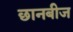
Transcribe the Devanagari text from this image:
छानबीज